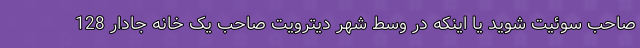
صاحب سوئیت شوید یا اینکه در وسط شهر دیترویت صاحب یک خانه جادار 128